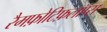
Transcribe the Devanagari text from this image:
रैमफ़ोटिफ़लॉप्स